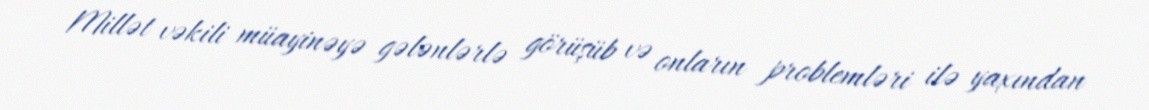
Millət vəkili müayinəyə gələnlərlə görüşüb və onların problemləri ilə yaxından